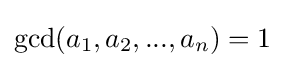
\gcd(a_{1},a_{2},...,a_{n})=1